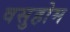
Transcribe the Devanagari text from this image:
वसुहोम